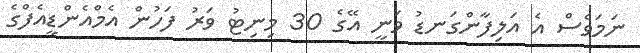
ނަމަވެސް އެ އަލިފާންގަނޑު ވަނީީ އޭގެ 30 މިނިޓު ވަރު ފަހުން އެމްއެންޑީއެފްގެ